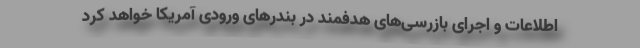
اطلاعات و اجرای بازرسی‌های هدفمند در بندرهای ورودی آمریکا خواهد کرد